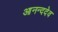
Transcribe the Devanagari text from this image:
आनन्ददेव